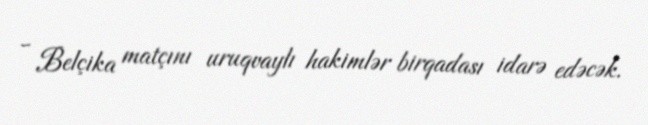
- Belçika matçını uruqvaylı hakimlər birqadası idarə edəcək.